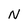
Character: N